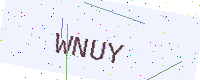
Text: WNUY